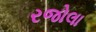
રજોલા